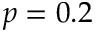
p = 0 . 2